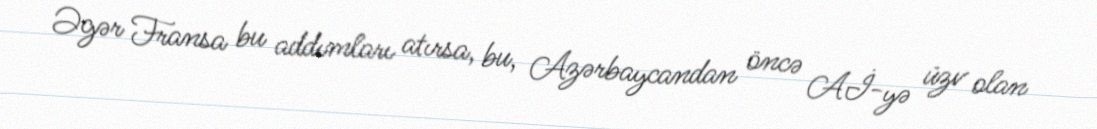
Əgər Fransa bu addımları atırsa, bu, Azərbaycandan öncə Aİ-yə üzv olan